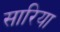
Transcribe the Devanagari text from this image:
सारिया